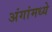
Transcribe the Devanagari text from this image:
अंगांमध्ये